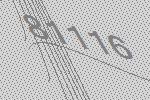
81116